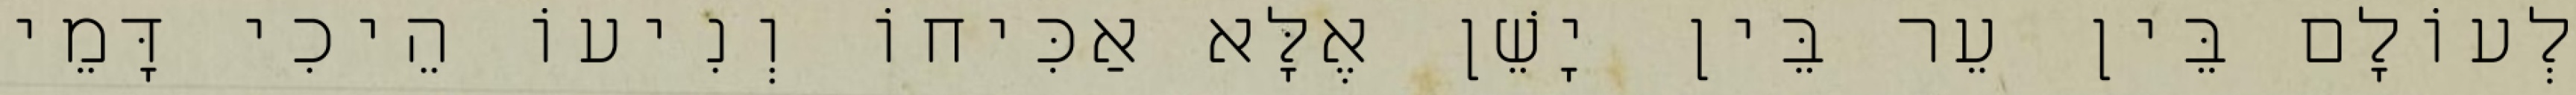
לְעוֹלָם בֵּין עֵר בֵּין יָשֵׁן אֶלָּא אַכִּיחוֹ וְנִיעוֹ הֵיכִי דָּמֵי